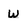
Character: w